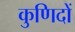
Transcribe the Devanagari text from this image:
कुणिदों